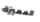
المميزة